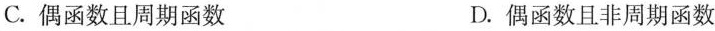
C.偶函数且周期函数 D.偶函数且非周期函数